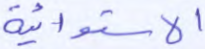
الاستوائية